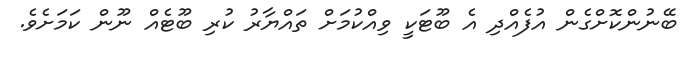
ބޭނުންކޮށްގެން އުފެއްދި އެ ބޫޓަކީ ވިއްކުމަށް ތައްޔާރު ކުރި ބޫޓެއް ނޫން ކަމަށެވެ.